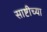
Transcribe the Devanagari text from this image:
साष्टीच्या